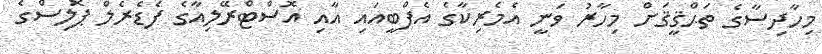
މިހާދިސާގެ ތަޙްޤީޤަށް މިހާރު ވަނީ އެމެރިކާގެ އެފްބީއައި އާއި އޮސްޓްރޭލިއާގެ ފެޑެރެލް ޕޮލިސްގެ